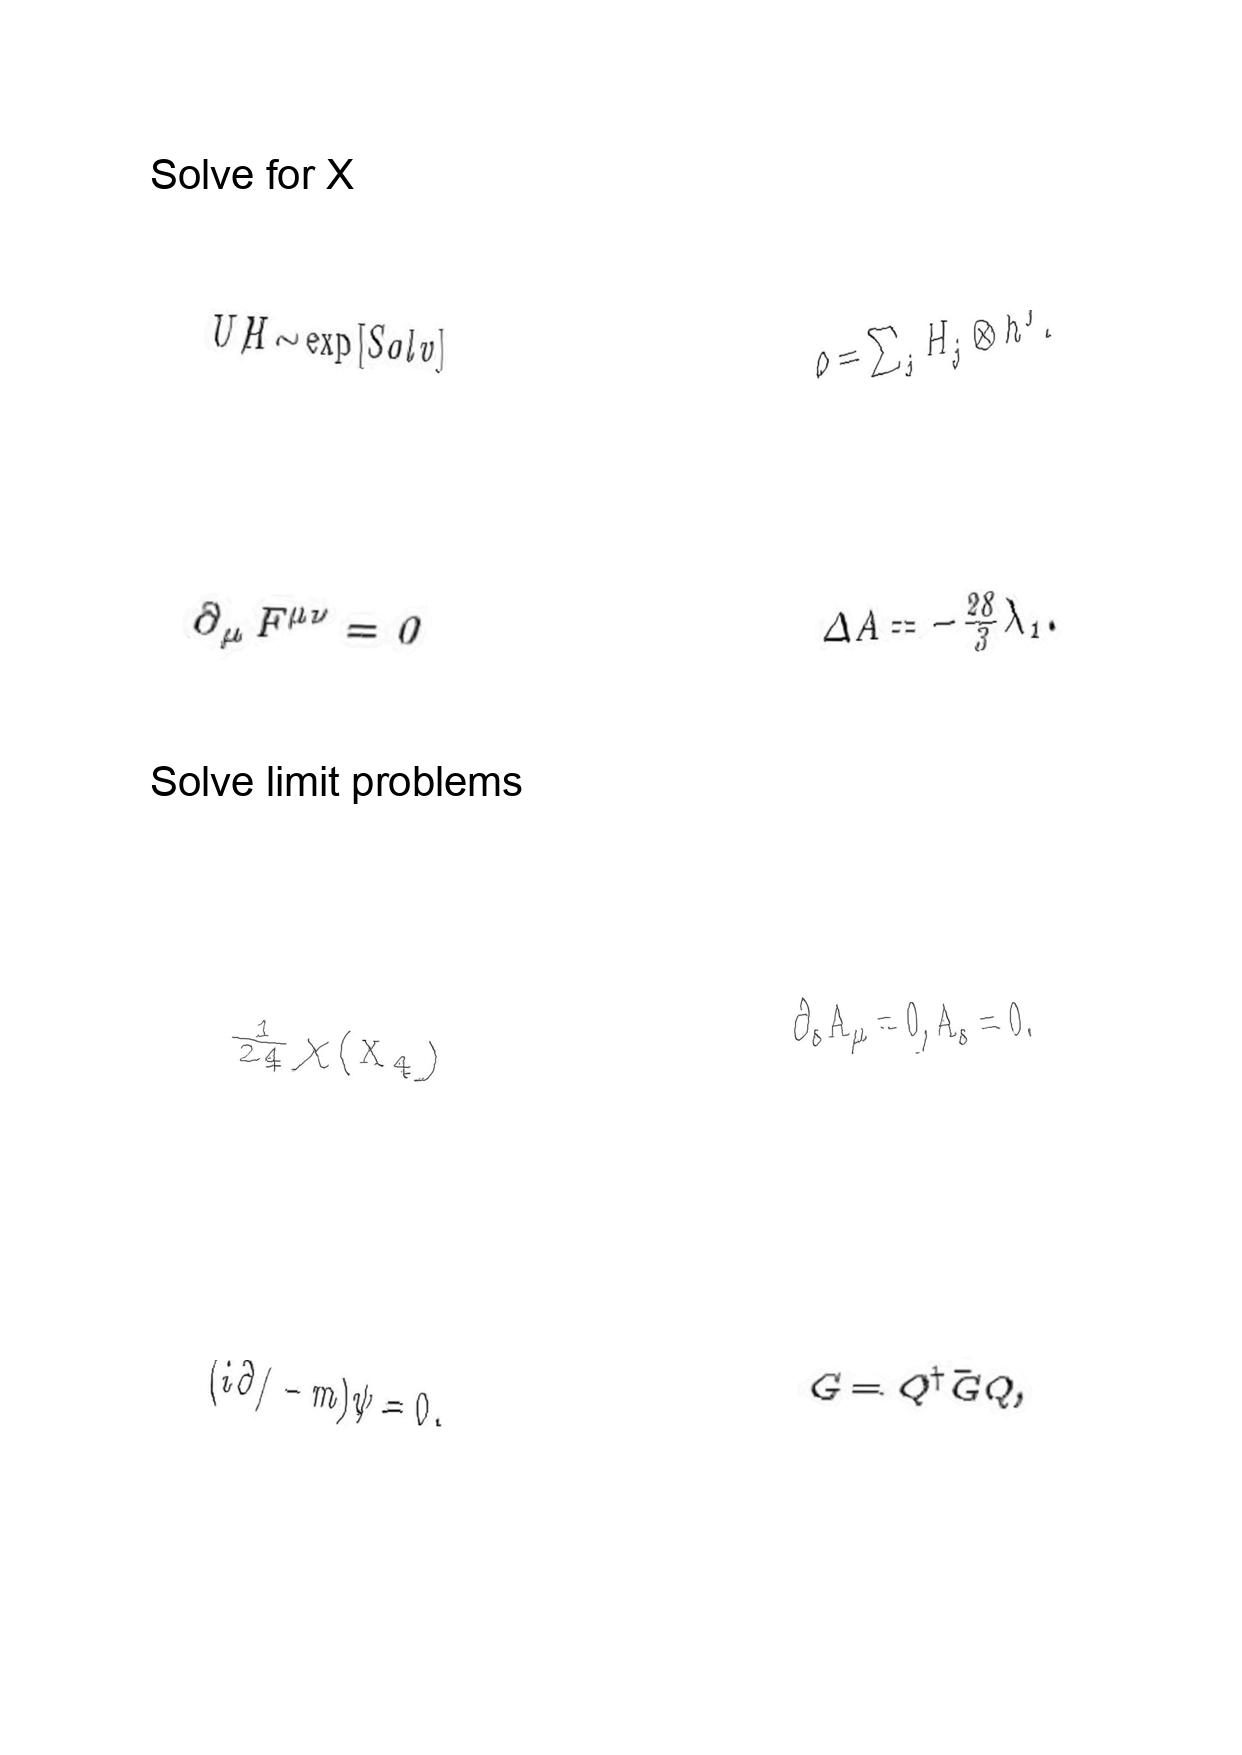
LaTeX transcription:
U / H \sim \exp \lbrack S o l v \rbrack
\partial _ { \mu } F ^ { \mu \nu } = 0
\frac { 1 } { 2 4 } \chi \lparen X _ { 4 } \rparen
\lparen i \partial / - m \rparen \psi = 0 .
\rho = \sum _ { j } H _ { j } \otimes h ^ { j } .
\Delta A = - \frac { 2 8 } { 3 } \lambda _ { 1 } .
\partial _ { s } A _ { \mu } = 0 , A _ { s } = 0 .
G = Q ^ { \dagger } \bar { G } Q ,